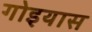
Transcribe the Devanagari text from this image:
गोइयास